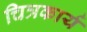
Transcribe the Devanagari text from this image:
चित्रकार्य